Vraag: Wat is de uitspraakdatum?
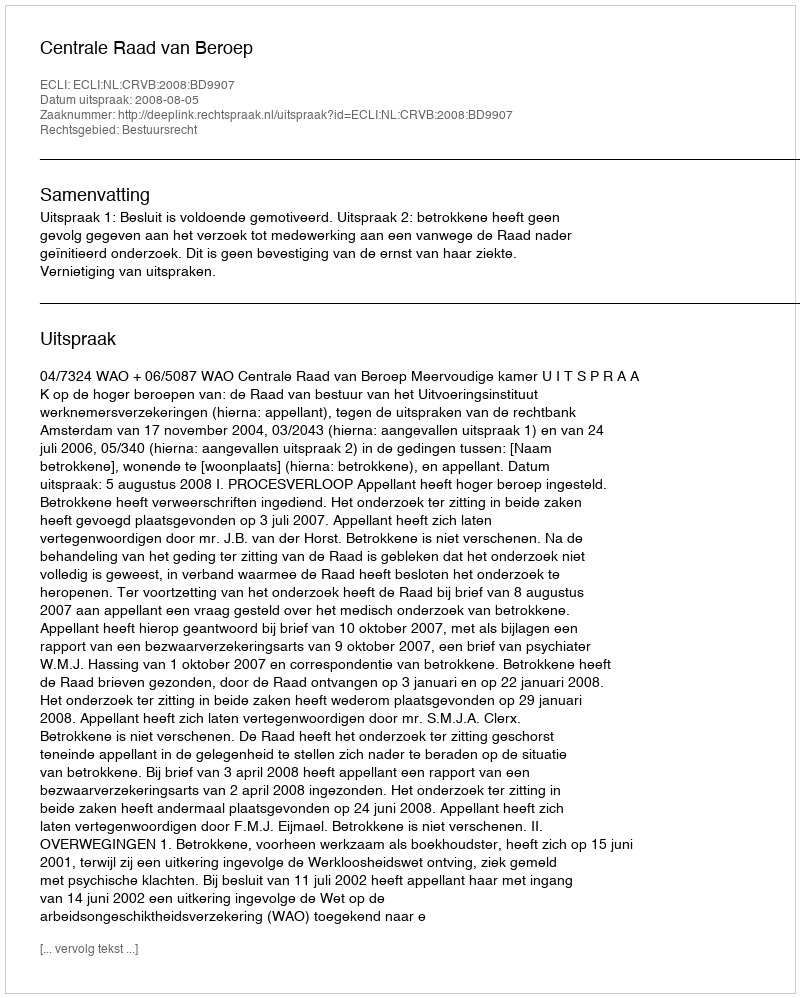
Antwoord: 2008-08-05